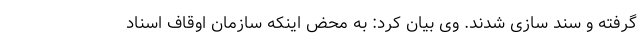
گرفته و سند سازی شدند. وی بیان کرد: به محض اینکه سازمان اوقاف اسناد